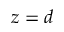
z = d